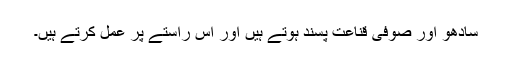
سادھو اور صوفی قناعت پسند ہوتے ہیں اور اس راستے پر عمل کرتے ہیں۔